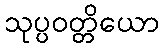
သုပ္ပဝတ္တိယော